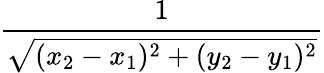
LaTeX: \frac{1}{\sqrt{(x_{2}-x_{1})^{2}+(y_{2}-y_{1})^{2}}}